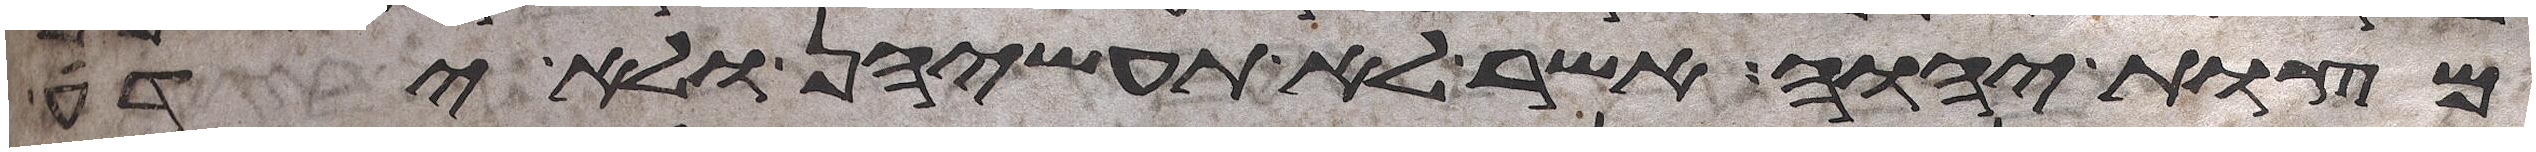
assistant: מצות יהוה אשר לא תעשיהן ולא ידע